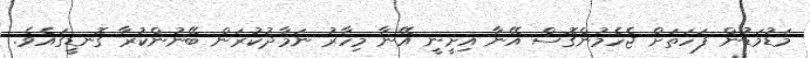
މަޑުމަޑުން ފަހަތަށް ޖެހެމުންގޮސް އޭނާ އިށީނީ އޭނާ މިހާރު ނަމާދުކުރަން ބޭނުންކުރާ ގޮނޑީގައެވެ.